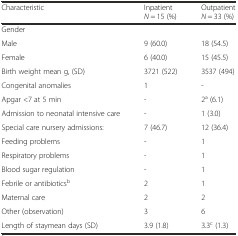
<table><thead><tr><td><b>Characteristic</b></td><td><b>Inpatient <i>N</i> = 15 (%)</b></td><td><b>Outpatient <i>N</i> = 33 (%)</b></td></tr></thead><tbody><tr><td colspan="3">Gender</td></tr><tr><td>Male</td><td>9 (60.0)</td><td>18 (54.5)</td></tr><tr><td>Female</td><td>6 (40.0)</td><td>15 (45.5)</td></tr><tr><td>Birth weight mean g, (SD)</td><td>3721 (522)</td><td>3537 (494)</td></tr><tr><td>Congenital anomalies</td><td>1</td><td>-</td></tr><tr><td>Apgar &lt;7 at 5 min</td><td>-</td><td>2<sup>a</sup> (6.1)</td></tr><tr><td>Admission to neonatal intensive care</td><td>-</td><td>1 (3.0)</td></tr><tr><td>Special care nursery admissions:</td><td>7 (46.7)</td><td>12 (36.4)</td></tr><tr><td>Feeding problems</td><td>-</td><td>1</td></tr><tr><td>Respiratory problems</td><td>-</td><td>1</td></tr><tr><td>Blood sugar regulation</td><td>-</td><td>1</td></tr><tr><td>Febrile or antibiotics<sup>b</sup></td><td>2</td><td>1</td></tr><tr><td>Maternal care</td><td>2</td><td>2</td></tr><tr><td>Other (observation)</td><td>3</td><td>6</td></tr><tr><td>Length of staymean days (SD)</td><td>3.9 (1.8)</td><td>3.3<sup>c</sup> (1.3)</td></tr></tbody></table>